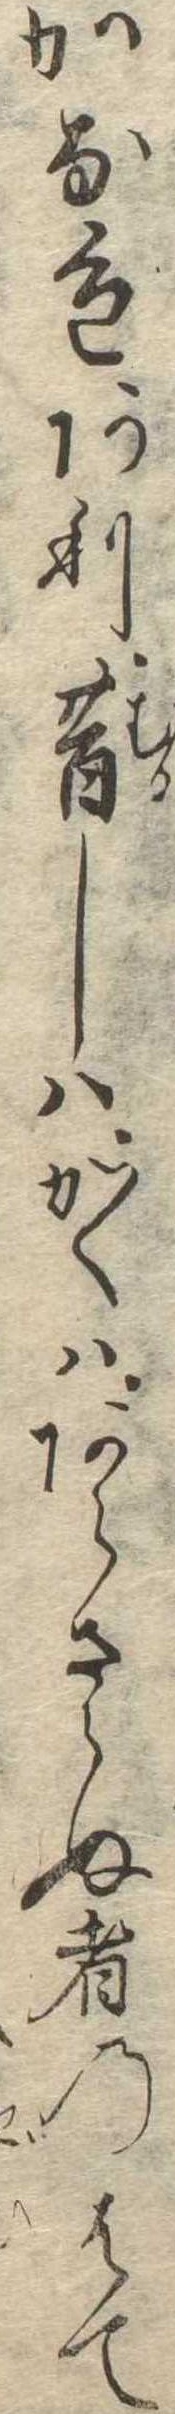
かな色あり昔しはかくはあらさらぬ者のはて